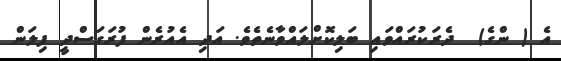
އެ ( ންގެ)  ދެރަކުރައްވައި ބަލިކޮށްލައްވާނެތެވެ. އަދި އެއުރެން ފުރަގަސްދީ ފިލަން